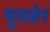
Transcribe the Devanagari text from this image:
भूतशेर